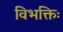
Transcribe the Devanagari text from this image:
विभक्तिः